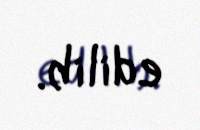
edilib.